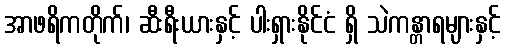
အာဖရိကတိုက်၊ ဆီးရီးယားနှင့် ပါးရှားနိုင်ငံ ရှိ သဲကန္တာရများနှင့်